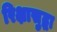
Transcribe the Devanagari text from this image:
रिक्षासुद्धा